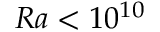
R a < 1 0 ^ { 1 0 }